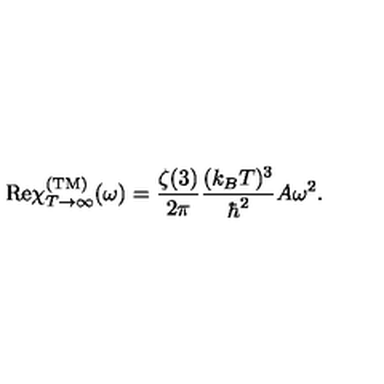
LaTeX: \mathrm { R e } \chi _ { T \rightarrow \infty } ^ { \mathrm { ( T M ) } } ( \omega ) = { \frac { \zeta ( 3 ) } { 2 \pi } } { \frac { ( k _ { B } T ) ^ { 3 } } { \hbar ^ { 2 } } } A \omega ^ { 2 } .